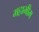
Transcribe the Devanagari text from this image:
महाभीम